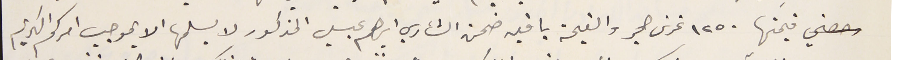
قيمتها ١٢٥٠ غرش حجر والقيمة باقيه ضمن الشاري إبراهىم عيسي المذكور لا يسلمها الا بموجب امركم الكريم